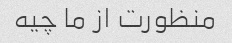
منظورت از ما چیه